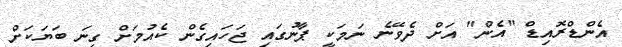
އެންޑްރޮއިޑް "އެން" އަށް ދެވޭނެ ނަމަކީ ޕާނުގައި ޖަހައިގެން ކެއުމަށް ގިނަ ބަޔަކަށް